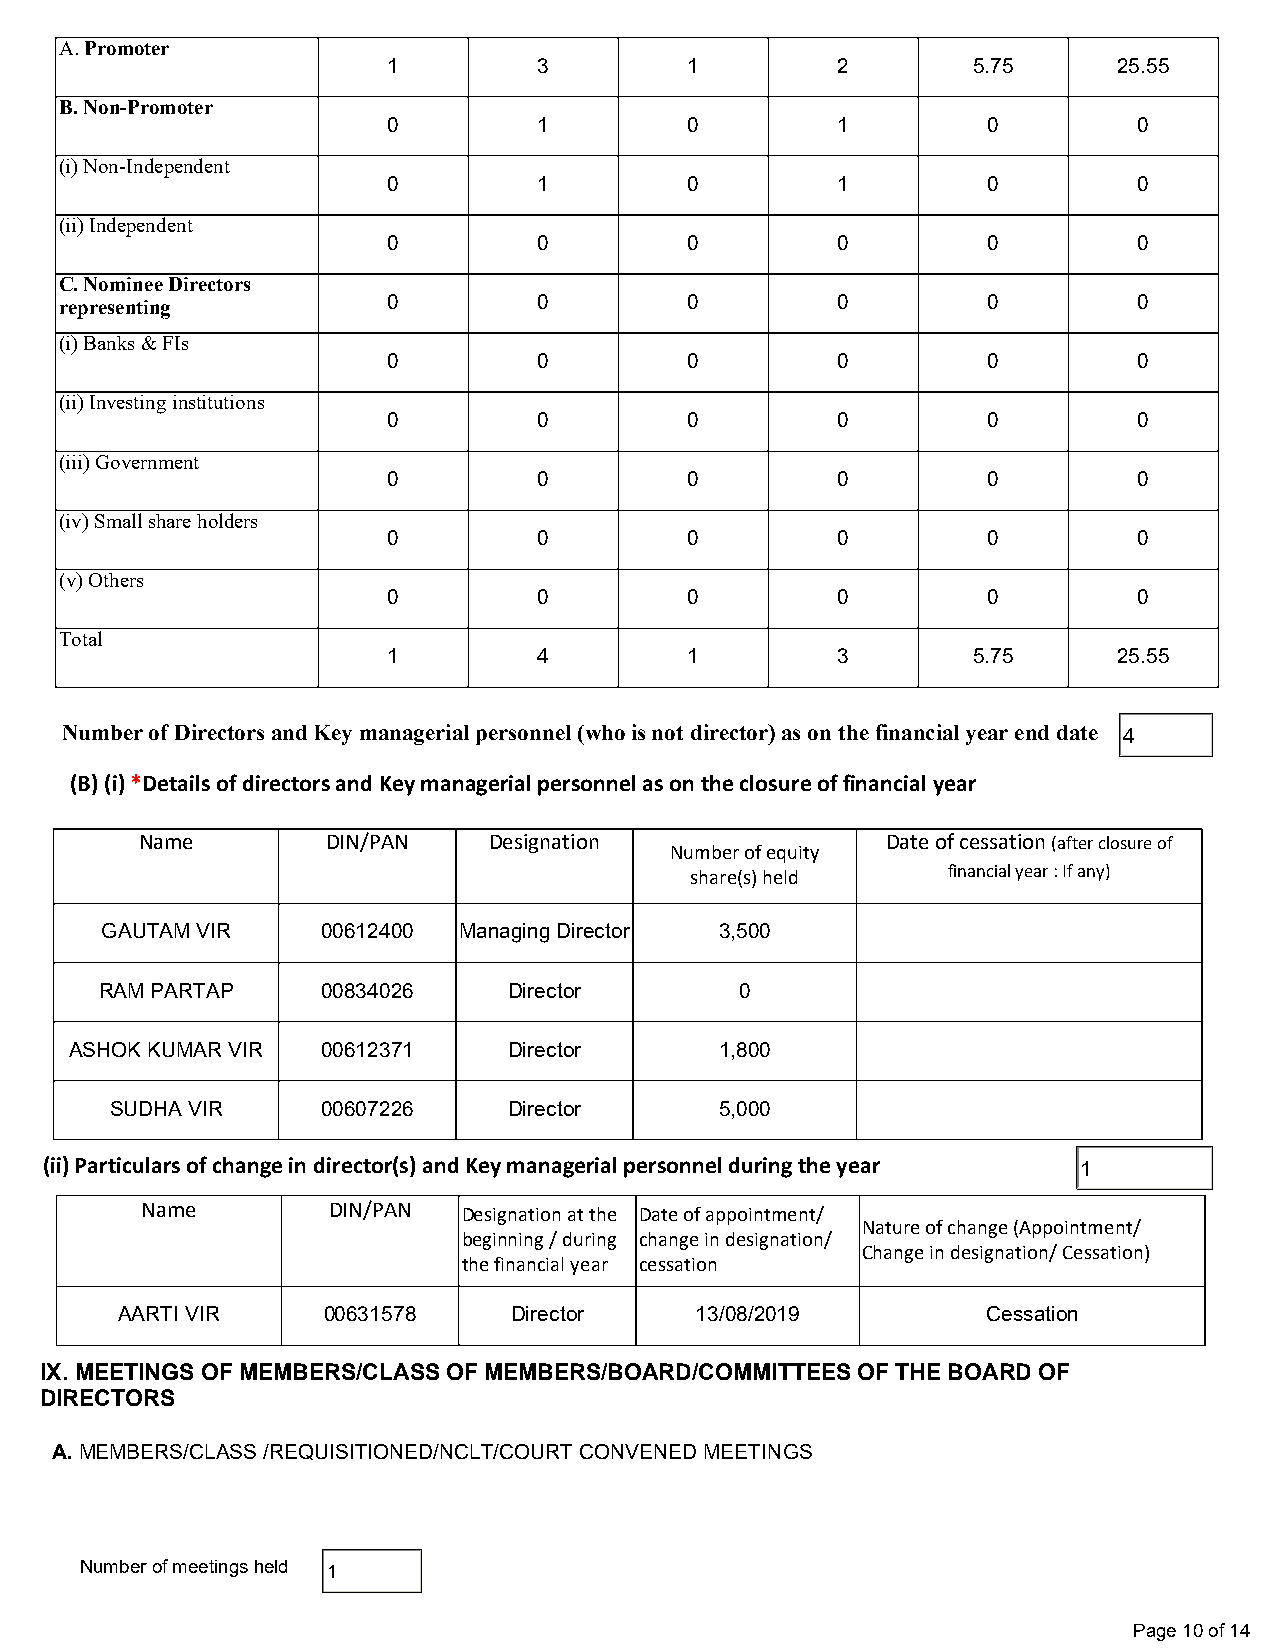
A. Promoter
 1         3         1        2        5.75      25.55
 B. Non-Promoter
 0         1         0        1         0         0
 (i) Non-Independent
 0         1         0        1         0         0
 (ii) Independent
 0         0         0        0         0         0
 C. Nominee Directors
 representing          0         0         0        0         0         0
 (i) Banks & FIs
 0         0         0        0         0         0
 (ii) Investing institutions
 0         0         0        0         0         0
 (iii) Government
 0         0         0        0         0         0
 (iv) Small share holders
 0         0         0        0         0         0
 (v) Others
 0         0         0        0         0         0
 Total
 1         4         1        3        5.75      25.55
 Number of Directors and Key managerial personnel (who is not director) as on the financial year end date 4
 (B) (i) *Details of directors and Key managerial personnel as on the closure of financial year
 Name         DIN/PAN   Designation                Date of cessation (after closure of
 Number of equity
 share(s) held    financial year : If any)
 GAUTAM VIR    00612400 Managing Director 3,500
 RAM PARTAP    00834026     Director       0
 ASHOK KUMAR VIR 00612371     Director      1,800
 SUDHA VIR     00607226     Director      5,000
 (ii) Particulars of change in director(s) and Key managerial personnel during the year 1
 Name         DIN/PAN  Designation at the Date of appointment/
 Nature of change (Appointment/
 beginning / during change in designation/
 Change in designation/ Cessation)
 the financial year cessation
 AARTI VIR    00631578     Director    13/08/2019         Cessation
 IX. MEETINGS OF MEMBERS/CLASS OF MEMBERS/BOARD/COMMITTEES OF THE BOARD OF
 DIRECTORS
 A. MEMBERS/CLASS /REQUISITIONED/NCLT/COURT CONVENED MEETINGS
 Number of meetings held 1
 Page 10 of 14